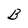
Character: B